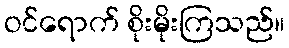
ဝင်ရောက် စိုးမိုးကြသည်။